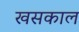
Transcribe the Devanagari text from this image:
खसकाल